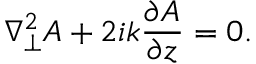
\nabla _ { \perp } ^ { 2 } A + 2 i k { \frac { \partial A } { \partial z } } = 0 .